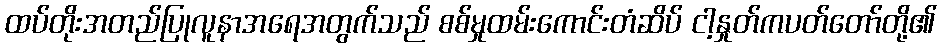
ထပ်တိုးအတည်ပြုလူနာအရေအတွက်သည် စစ်မှုထမ်းကောင်းတံဆိပ် ငါ့နှုတ်ကပတ်တော်တို့၏